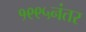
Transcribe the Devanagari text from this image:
१९९५नंतर